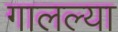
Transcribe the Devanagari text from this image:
गालल्या